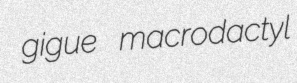
gigue macrodactyl